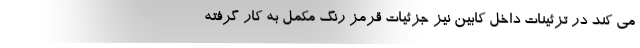
می کند در تزئینات داخل کابین نیز جزئیات قرمز رنگ مکمل به کار گرفته